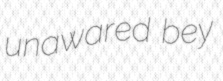
unawared bey